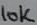
Text: 10K